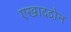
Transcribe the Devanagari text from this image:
एखाददोन